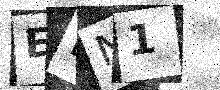
Text: EDN1